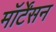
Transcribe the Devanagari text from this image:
मॉर्टेंसन